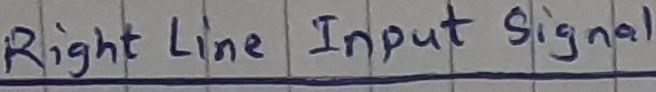
Text: right line input signal